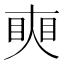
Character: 𥇛